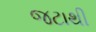
જટાથી